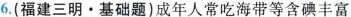
6.(福建三明。基础题)成年人常吃海带等含碘丰富